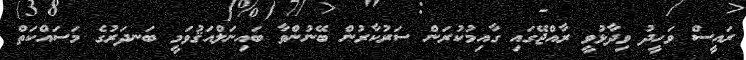
ރައީސް ވަހީދު ވިދާޅުވީ ރާއްޖޭގައި ގާއިމުކުރަން ސަރުކާރުން ބޭނުންވާ ބައިނަލްއަޤުވަމީ ބަނދަރުގެ މަސައްކަތް